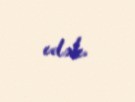
edək.